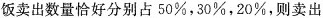
饭卖出数量恰好分别占50\%，30\%，20\%，则卖出